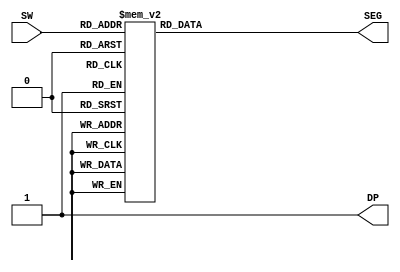
module segment_display_7(
    input [3:0] SW,
    output DP,
    output [6:0] SEG
    );
    reg [6:0] SEG_tmp;
    
    always @ (SW)
        begin
            case(SW)                            // Display for each number
                4'h0: SEG_tmp = 7'b0000001;
                4'h1: SEG_tmp = 7'b1001111;
                4'h2: SEG_tmp = 7'b0010010;
                4'h3: SEG_tmp = 7'b0000110;
                4'h4: SEG_tmp = 7'b1001100;
                4'h5: SEG_tmp = 7'b0100100;
                4'h6: SEG_tmp = 7'b0100000;
                4'h7: SEG_tmp = 7'b0001111;
                4'h8: SEG_tmp = 7'b0000000;
                4'h9: SEG_tmp = 7'b0000100;
                4'ha: SEG_tmp = 7'b0001000;
                4'hb: SEG_tmp = 7'b1100000;
                4'hc: SEG_tmp = 7'b0110001;
                4'hd: SEG_tmp = 7'b1000010;
                4'he: SEG_tmp = 7'b0110000;
                4'hf: SEG_tmp = 7'b0111000;
                default: SEG_tmp = 7'dZ;
            endcase
        end
    assign SEG = SEG_tmp;
    assign DP = 1'b1;                           // Turn off decimal point
endmodule